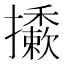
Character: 𢹀